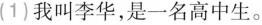
(1)我叫李华，是一名高中生。